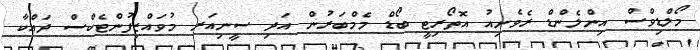
މޯލްޑިވްސް އިންލެންޑް ރެވެނިއު އޮތޯރިޓީ ބޯޑް މެމްބަރުން އަދި ސީނިއަރ މުވައްޒިފުންޓެކްސް ދައްކާ